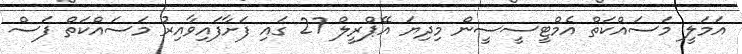
އަމަލީ މަސައްކަތް އެމްޓީސީސީން މިދިޔަ އޭޕްރީލް 27 ގައި ފަށާފައިވާއިރު މަސައްކަތް ފަސް